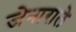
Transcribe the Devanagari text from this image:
जेनाराले